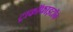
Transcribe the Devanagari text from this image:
ट्राकॉफाइटॉन